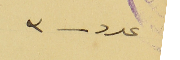
عدد - ٣